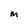
Character: M